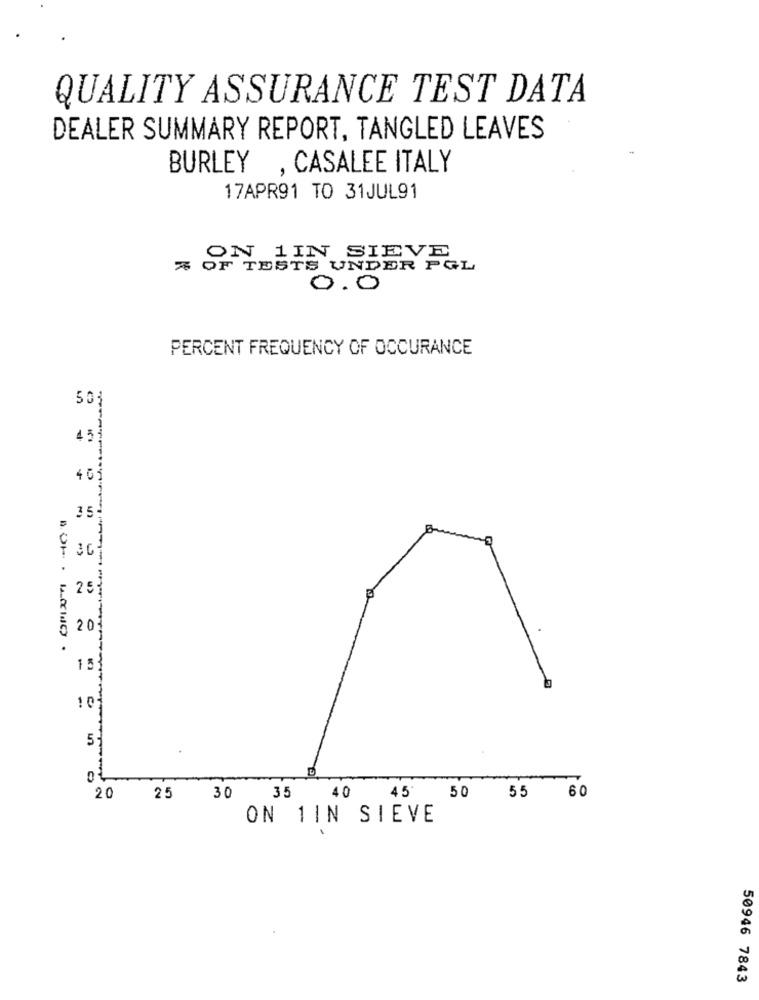
QUALITY ASSURANCE TEST DATA
DEALER SUMMARY REPORT, TANGLED LEAVES
BURLEY , CASALEE ITALY
17APR91 TO 31JUL91
ON 1IN SIEVE
% OF TESTS UNDER PGL
0.0
PERCENT FREQUENCY OF OCCURANCE
503
45
401
36
F 25}
@ 201
15}
10
5
20
25 30
35 40 45
50 55 60
ON 1IN SIEVE
50946 7843